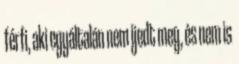
férfi, aki egyáltalán nem ijedt meg, és nem is